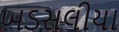
ખડસલીયા